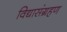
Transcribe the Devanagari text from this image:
विद्यासंग्रहण